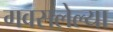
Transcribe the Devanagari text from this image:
गवसलेल्या